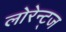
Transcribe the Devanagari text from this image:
लोरेन्ट्ज